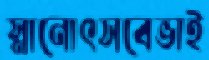
স্নানোৎসবেভাই